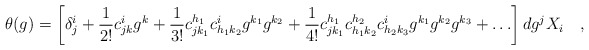
\begin{align*}\theta(g) = \left[ \delta_j^i +\frac{1}{2!} c_{j k}^i g^k +\frac{1}{3!} c_{j k_1}^{h_1}c_{h_1 k_2}^i g^{k_1} g^{k_2} + \frac{1}{4!} c_{j k_1}^{h_1}c_{h_1 k_2}^{h_2}c_{h_2 k_3}^{i}g^{k_1} g^{k_2} g^{k_3}+ \ldots \right] dg^j X_i \quad ,\end{align*}